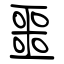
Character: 噩